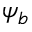
\psi _ { b }